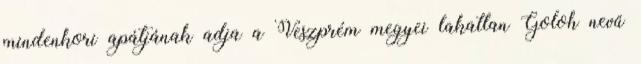
mindenkori apátjának adja a Veszprém me­gyei lakatlan Goloh nevű